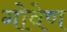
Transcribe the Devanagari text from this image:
गोवेण